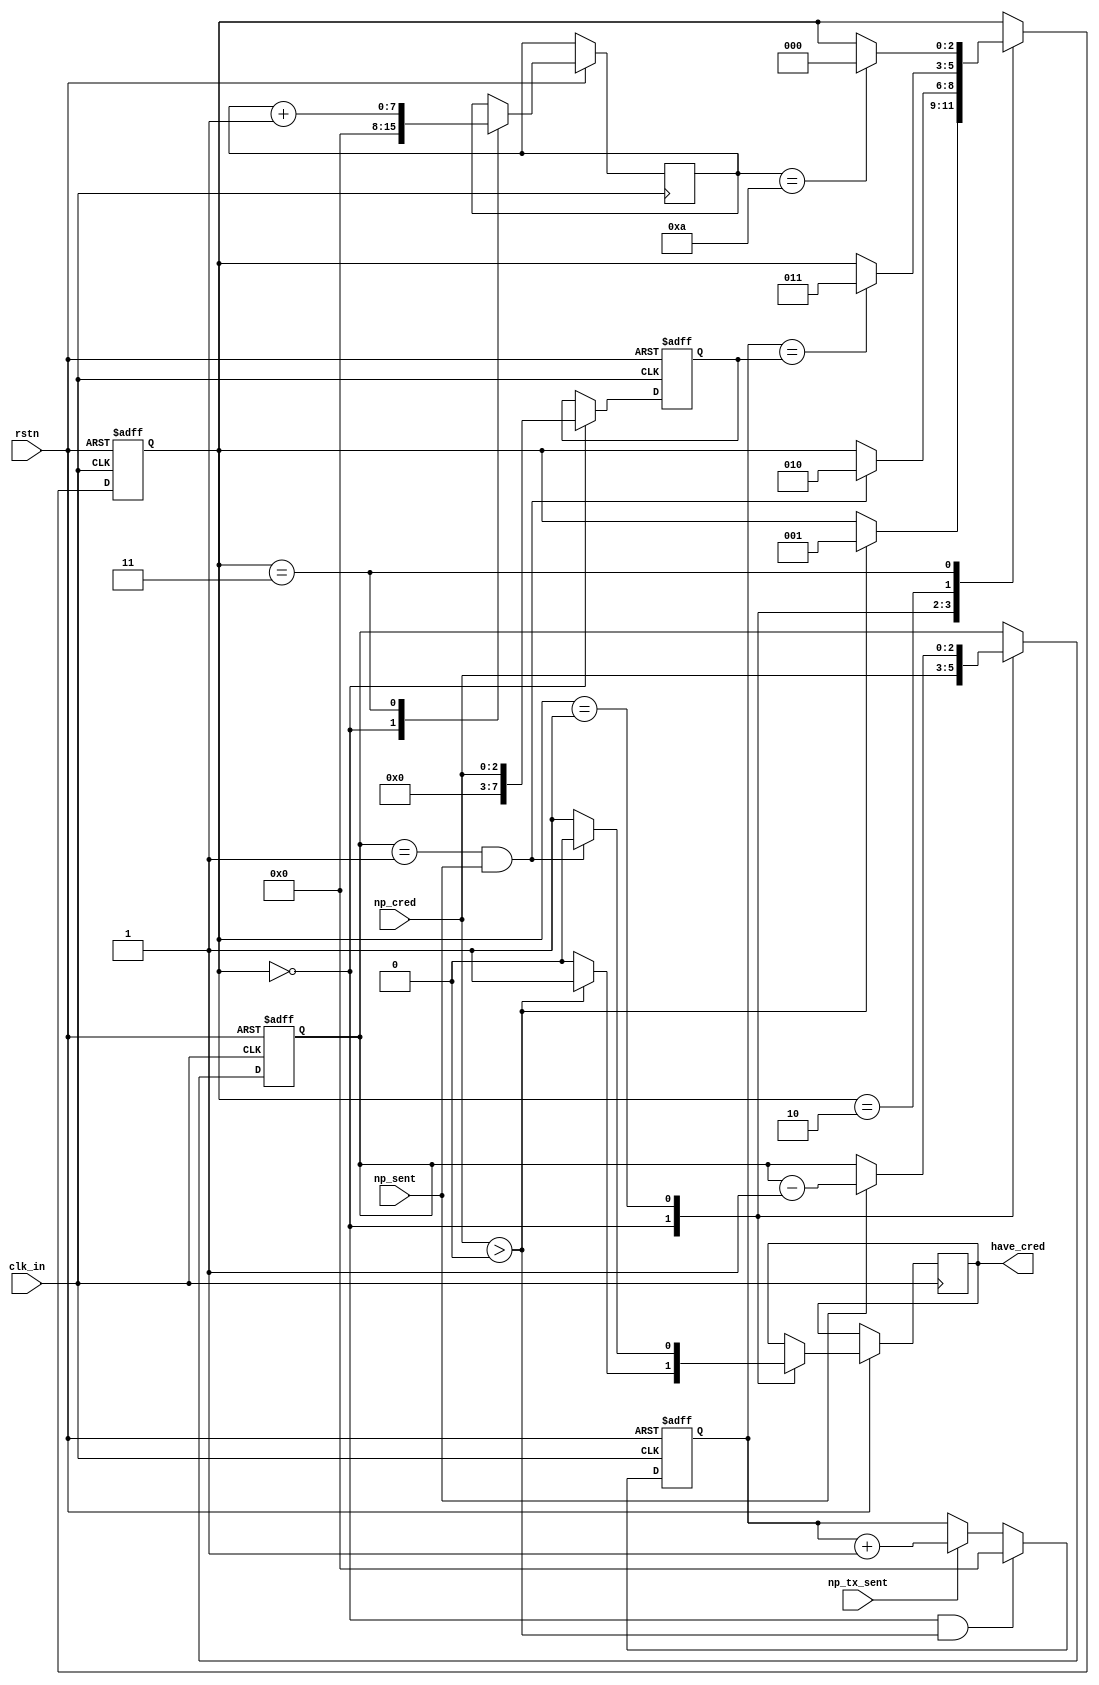
module altpcierd_npcred_monitor  # (
    parameter  CRED_LAT = 10   
) ( 
   input             clk_in, 
   input             rstn,   
   input [2:0]       np_cred,        
   input             np_sent,        
   input             np_tx_sent,     
   output reg        have_cred       
   );
   localparam  LATCH_CRED      = 2'h0;
   localparam  GRANT_CRED      = 2'h1;
   localparam  WAIT_LAST_NP_TX = 2'h2;
   localparam  WAIT_CRED_UPD   = 2'h3;
   reg[2:0]  cred_sm;
   reg[2:0]  local_creds_avail;
   reg[7:0]  creds_granted; 
   reg[7:0]  latency_counter;
   reg[7:0]  creds_sent_on_tx;      
   wire      update_creds;
   assign update_creds = (cred_sm==LATCH_CRED) & (np_cred > 0);
   always @ (negedge rstn or posedge clk_in) begin
      if (rstn==1'b0) begin  
          cred_sm <= LATCH_CRED;
          local_creds_avail <= 3'h0;
          creds_sent_on_tx <= 8'h0;
          creds_granted <= 8'h0;
      end
      else begin    
          if (update_creds) begin
              creds_sent_on_tx <= 8'h0;
          end
          else if (np_tx_sent) begin
              creds_sent_on_tx <= creds_sent_on_tx + 8'h1;
          end
          case (cred_sm)
              LATCH_CRED: begin
                  latency_counter     <= 8'h0;
                  local_creds_avail   <= np_cred;  
                  creds_granted       <= np_cred;
                  if (np_cred > 0) begin
                      cred_sm   <= GRANT_CRED;
                      have_cred <= 1'b1; 
                  end 
                  else begin
                      cred_sm   <= cred_sm;
                      have_cred <= 1'b0; 
                  end
              end
              GRANT_CRED: begin
                  local_creds_avail <= np_sent ? local_creds_avail-3'h1 : local_creds_avail; 
                  have_cred <= (local_creds_avail==3'h1) & np_sent ? 1'b0 : 1'b1;
                  if ((local_creds_avail==3'h1) & np_sent) begin
                      cred_sm   <= WAIT_LAST_NP_TX; 
                  end
                  else begin
                      cred_sm <= cred_sm;
                  end
              end
              WAIT_LAST_NP_TX: begin
                  if (creds_sent_on_tx == creds_granted) begin
                      cred_sm <= WAIT_CRED_UPD;
                  end
                  else begin
                      cred_sm <= cred_sm;
                  end
              end
              WAIT_CRED_UPD: begin
                  latency_counter <= latency_counter + 8'h1;
                  if (latency_counter==CRED_LAT) begin
                      cred_sm <= LATCH_CRED;
                  end
                  else begin
                      cred_sm <= cred_sm;
                  end
              end
          endcase 
      end
   end
endmodule